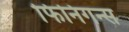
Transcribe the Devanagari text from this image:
फिनिगन्स